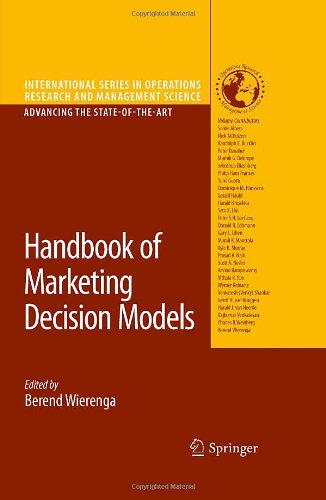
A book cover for Handbook of Marketing Decision Models (International Series in Operations Research & Management Science); Computers & Technology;